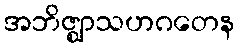
အဘိဇ္ဈာသဟဂတေန